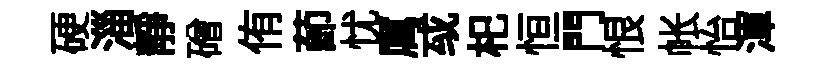
硬淄静磳侑莭忧厲㦯𣏌恒門恨帐怡渾